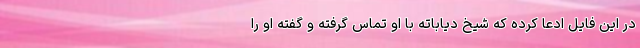
در این فایل ادعا کرده که شیخ دیاباته با او تماس گرفته و گفته او را